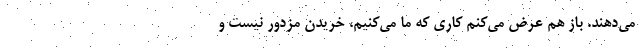
مي‌دهند. باز هم عرض مي‌كنم كاري كه ما مي‌كنيم، خريدن مزدور نيست و